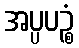
အပ္ပပဉ္စံ